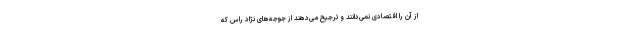
از آن را اقتصادی نمی‌دانند و ترجیح می‌دهند از جوجه‌های نژاد راس که